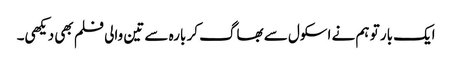
ایک بار تو ہم نے اسکول سے بھاگ کر بارہ سے تین والی فلم بھی دیکھی۔